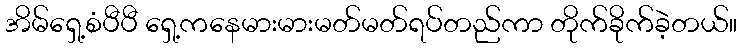
အိမ်ရှေ့စံပီပီ ရှေ့ကနေမားမားမတ်မတ်ရပ်တည်ကာ တိုက်ခိုက်ခဲ့တယ်။